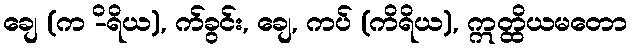
ချေ (က -ိရိယ), က်ခွင်း, ချေ, ကပ် (ကိရိယ), ဣတ္ထိယမတော